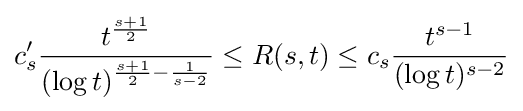
c'_{s}{\frac {t^{\frac {s+1}{2}}}{(\log t)^{{\frac {s+1}{2}}-{\frac {1}{s-2}}}}}\leq R(s,t)\leq c_{s}{\frac {t^{s-1}}{(\log t)^{s-2}}}